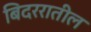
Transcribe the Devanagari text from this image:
बिदररातील